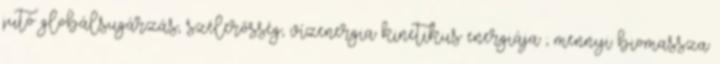
jutó globálsugárzás, szélerősség, vízenergia kinetikus energiája ; mennyi biomassza